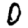
Digit: 0